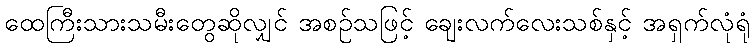
ထေကြီးသားသမီးတွေဆိုလျှင် အစဉ်သဖြင့် ချေးလက်လေးသစ်နှင့် အရှက်လုံရုံ